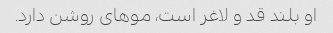
او بلند قد و لاغر است، موهای روشن دارد.